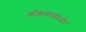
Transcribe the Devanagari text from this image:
कौशल्यासंदर्भात